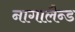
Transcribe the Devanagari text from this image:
नागालैन्ड